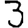
Digit: 3